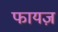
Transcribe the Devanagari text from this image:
फायज़